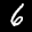
Label: 6